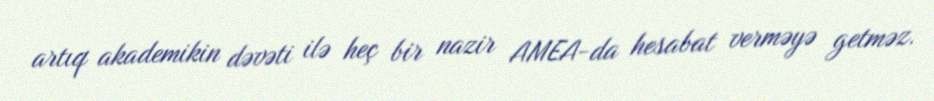
artıq akademikin dəvəti ilə heç bir nazir AMEA-da hesabat verməyə getməz.